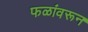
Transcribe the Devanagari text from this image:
फळांवरून